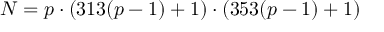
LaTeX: N = p \cdot ( 3 1 3 ( p - 1 ) + 1 ) \cdot ( 3 5 3 ( p - 1 ) + 1 )